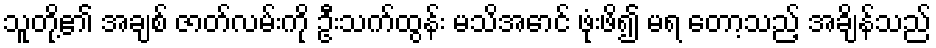
သူတို့၏ အချစ် ဇာတ်လမ်းကို ဦးသက်ထွန်း မသိအောင် ဖုံးဖိ၍ မရ တော့သည့် အချိန်သည်